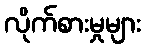
လိုက်စားမှုများ